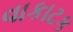
વાકાટક